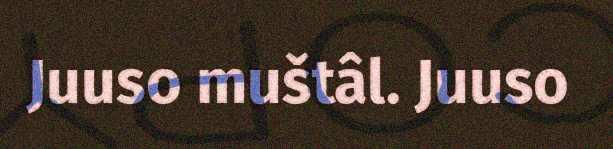
Juuso muštâl. Juuso